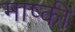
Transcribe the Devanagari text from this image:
माष्की